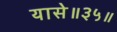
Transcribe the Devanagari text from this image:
यासे॥३५॥